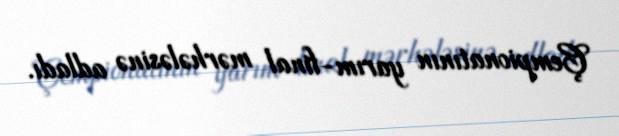
Çempionatının yarım-final mərhələsinə adladı.